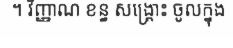
។ វិញ្ញាណ ខន្ធ សង្គ្រោះ ចូលក្នុង